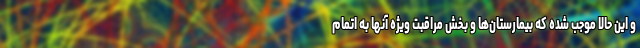
و این حالا موجب شده که بیمارستان‌ها و بخش مراقبت ویژه آنها به اتمام